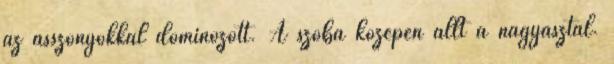
az asszonyokkal dominózott. A szoba közepén állt a nagyasztal.